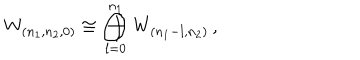
W _ { ( n _ { 1 } , n _ { 2 } , 0 ) } \cong \bigoplus _ { l = 0 } ^ { n _ { 1 } } W _ { ( n _ { 1 } - l , n _ { 2 } ) } \, ,